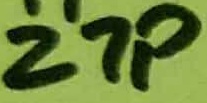
Text: 27P